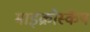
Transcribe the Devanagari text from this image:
माइक्रोस्केप